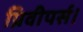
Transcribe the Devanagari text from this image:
प्रिवीपर्स।